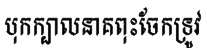
បុកក្បាលនាគពុះចែកទ្រូវ